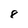
Character: 8